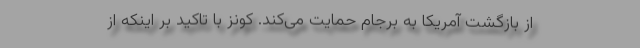
از بازگشت آمریکا به برجام حمایت می‌کند. کونز با تاکید بر اینکه از